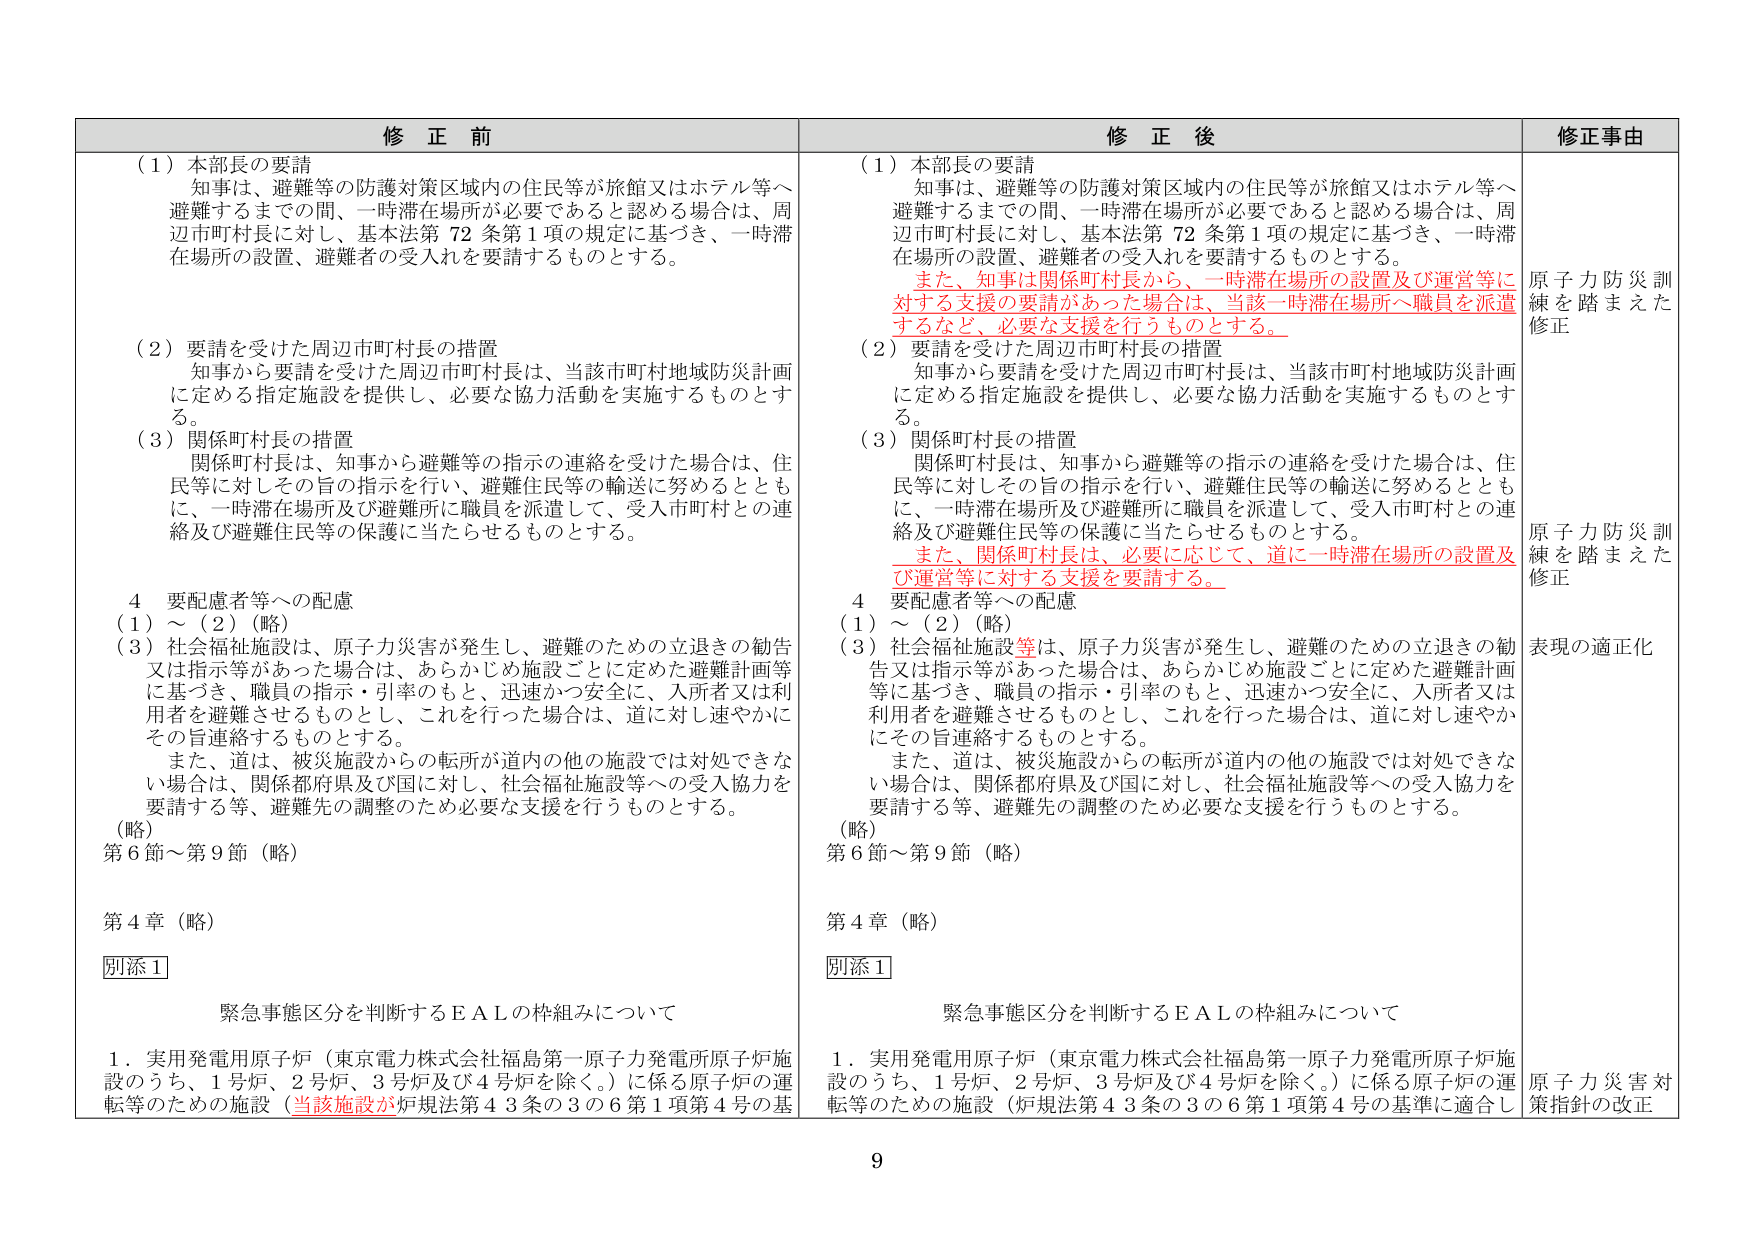
修正前
（1）本部長の要請
知事は、避難等の防護対策区域内の住民等が旅館又はホテル等へ避難するまでの間、一時滞在場所が必要であると認める場合は、周辺市町村長に対し、基本法第72条第1項の規定に基づき、一時滞在場所の設置、避難者の受入れを要請するものとする。
（2）要請を受けた周辺市町村長の措置
知事から要請を受けた周辺市町村長は、当該市町村地域防災計画に定める指定施設を提供し、必要な協力活動を実施するものとする。
（3）関係町村長の措置
関係町村長は、知事から避難等の指示の連絡を受けた場合は、住民等に対しその旨の指示を行い、避難住民等の輸送に努めるとともに、一時滞在場所及び避難所に職員を派遣して、受入市町村との連絡及び避難住民等の保護に当たらせるものとする。
4 要配慮者等への配慮
（1）～（2）（略）
（3）社会福祉施設は、原子力災害が発生し、避難のための立退きの勧告又は指示等があった場合は、あらかじめ施設ごとに定めた避難計画等に基づき、職員の指示・引率のもと、迅速かつ安全に、入所者又は利用者を避難させるものとし、これを行った場合は、道に対し速やかにその旨連絡するものとする。
また、道は、被災施設からの転所が道内の他の施設では対処できない場合は、関係都府県及び国に対し、社会福祉施設等への受入協力を要請する等、避難先の調整のため必要な支援を行うものとする。
（略）
第6節～第9節（略）
第4章（略）
別添1
緊急事態区分を判断するEALの枠組みについて
1．実用発電用原子炉（東京電力株式会社福島第一原子力発電所原子炉施設のうち、1号炉、2号炉、3号炉及び4号炉を除く。）に係る原子炉の運転等のための施設（当該施設が炉規法第43条の3の6第1項第4号の基

修正後
（1）本部長の要請
知事は、避難等の防護対策区域内の住民等が旅館又はホテル等へ避難するまでの間、一時滞在場所が必要であると認める場合は、周辺市町村長に対し、基本法第72条第1項の規定に基づき、一時滞在場所の設置、避難者の受入れを要請するものとする。
また、知事は関係町村長から、一時滞在場所の設置及び運営等に対する支援の要請があった場合は、当該一時滞在場所へ職員を派遣するなど、必要な支援を行うものとする。
（2）要請を受けた周辺市町村長の措置
知事から要請を受けた周辺市町村長は、当該市町村地域防災計画に定める指定施設を提供し、必要な協力活動を実施するものとする。
（3）関係町村長の措置
関係町村長は、知事から避難等の指示の連絡を受けた場合は、住民等に対しその旨の指示を行い、避難住民等の輸送に努めるとともに、一時滞在場所及び避難所に職員を派遣して、受入市町村との連絡及び避難住民等の保護に当たらせるものとする。
また、関係町村長は、必要に応じて、道に一時滞在場所の設置及び運営等に対する支援を要請する。
4 要配慮者等への配慮
（1）～（2）（略）
（3）社会福祉施設等は、原子力災害が発生し、避難のための立退きの勧告又は指示等があった場合は、あらかじめ施設ごとに定めた避難計画等に基づき、職員の指示・引率のもと、迅速かつ安全に、入所者又は利用者を避難させるものとし、これを行った場合は、道に対し速やかにその旨連絡するものとする。
また、道は、被災施設からの転所が道内の他の施設では対処できない場合は、関係都府県及び国に対し、社会福祉施設等への受入協力を要請する等、避難先の調整のため必要な支援を行うものとする。
（略）
第6節～第9節（略）
第4章（略）
別添1
緊急事態区分を判断するEALの枠組みについて
1．実用発電用原子炉（東京電力株式会社福島第一原子力発電所原子炉施設のうち、1号炉、2号炉、3号炉及び4号炉を除く。）に係る原子炉の運転等のための施設（炉規法第43条の3の6第1項第4号の基準に適合し

修正事由
原子力防災訓練を踏まえた修正
原子力防災訓練を踏まえた修正
表現の適正化
原子力災害対策指針の改正

9